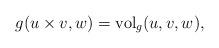
LaTeX: \begin{align*} g(u\times v,w) = \mathrm{vol}_g(u,v,w),\end{align*}